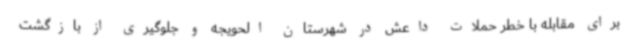
برای مقابله با خطر حملات داعش در شهرستان الحویجه و جلوگیری از بازگشت‌